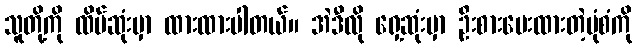
သူတို့ကို ထိပ်ဆုံးမှာ ထားထားပါတယ်။ အဲဒီလို ရှေ့ဆုံးမှာ ဦးစားပေးထားတဲ့ပုံစံကို